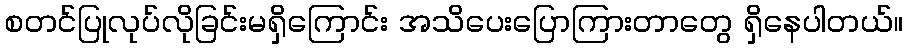
စတင်ပြုလုပ်လိုခြင်းမရှိကြောင်း အသိပေးပြောကြားတာတွေ ရှိနေပါတယ်။